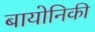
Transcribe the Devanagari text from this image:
बायोनिकी